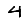
Digit: 4